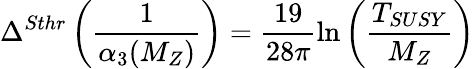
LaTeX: \Delta^{Sthr}\left(\frac{1}{\alpha_{3}(M_{Z})}\right)=\frac{19}{28\pi}\ln\left(\frac{T_{SUSY}}{M_{Z}}\right)